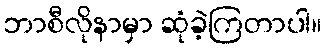
ဘာစီလိုနာမှာ ဆုံခဲ့ကြတာပါ။